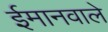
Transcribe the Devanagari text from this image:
ईमानवाले